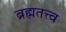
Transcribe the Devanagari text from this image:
ब्रह्मतत्त्व